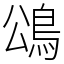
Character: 䲲